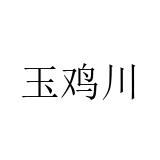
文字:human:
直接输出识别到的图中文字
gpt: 玉鸡川